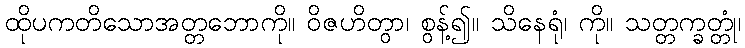
ထိုပကတိသောအတ္တဘောကို။ ဝိဇဟိတွာ၊ စွန့်၍။ သိနေရုံ၊ ကို။ သတ္တက္ခတ္တုံ၊